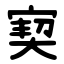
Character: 㝣